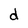
Character: d